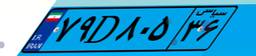
۹۱D۶۱۵۳۱